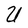
Character: U